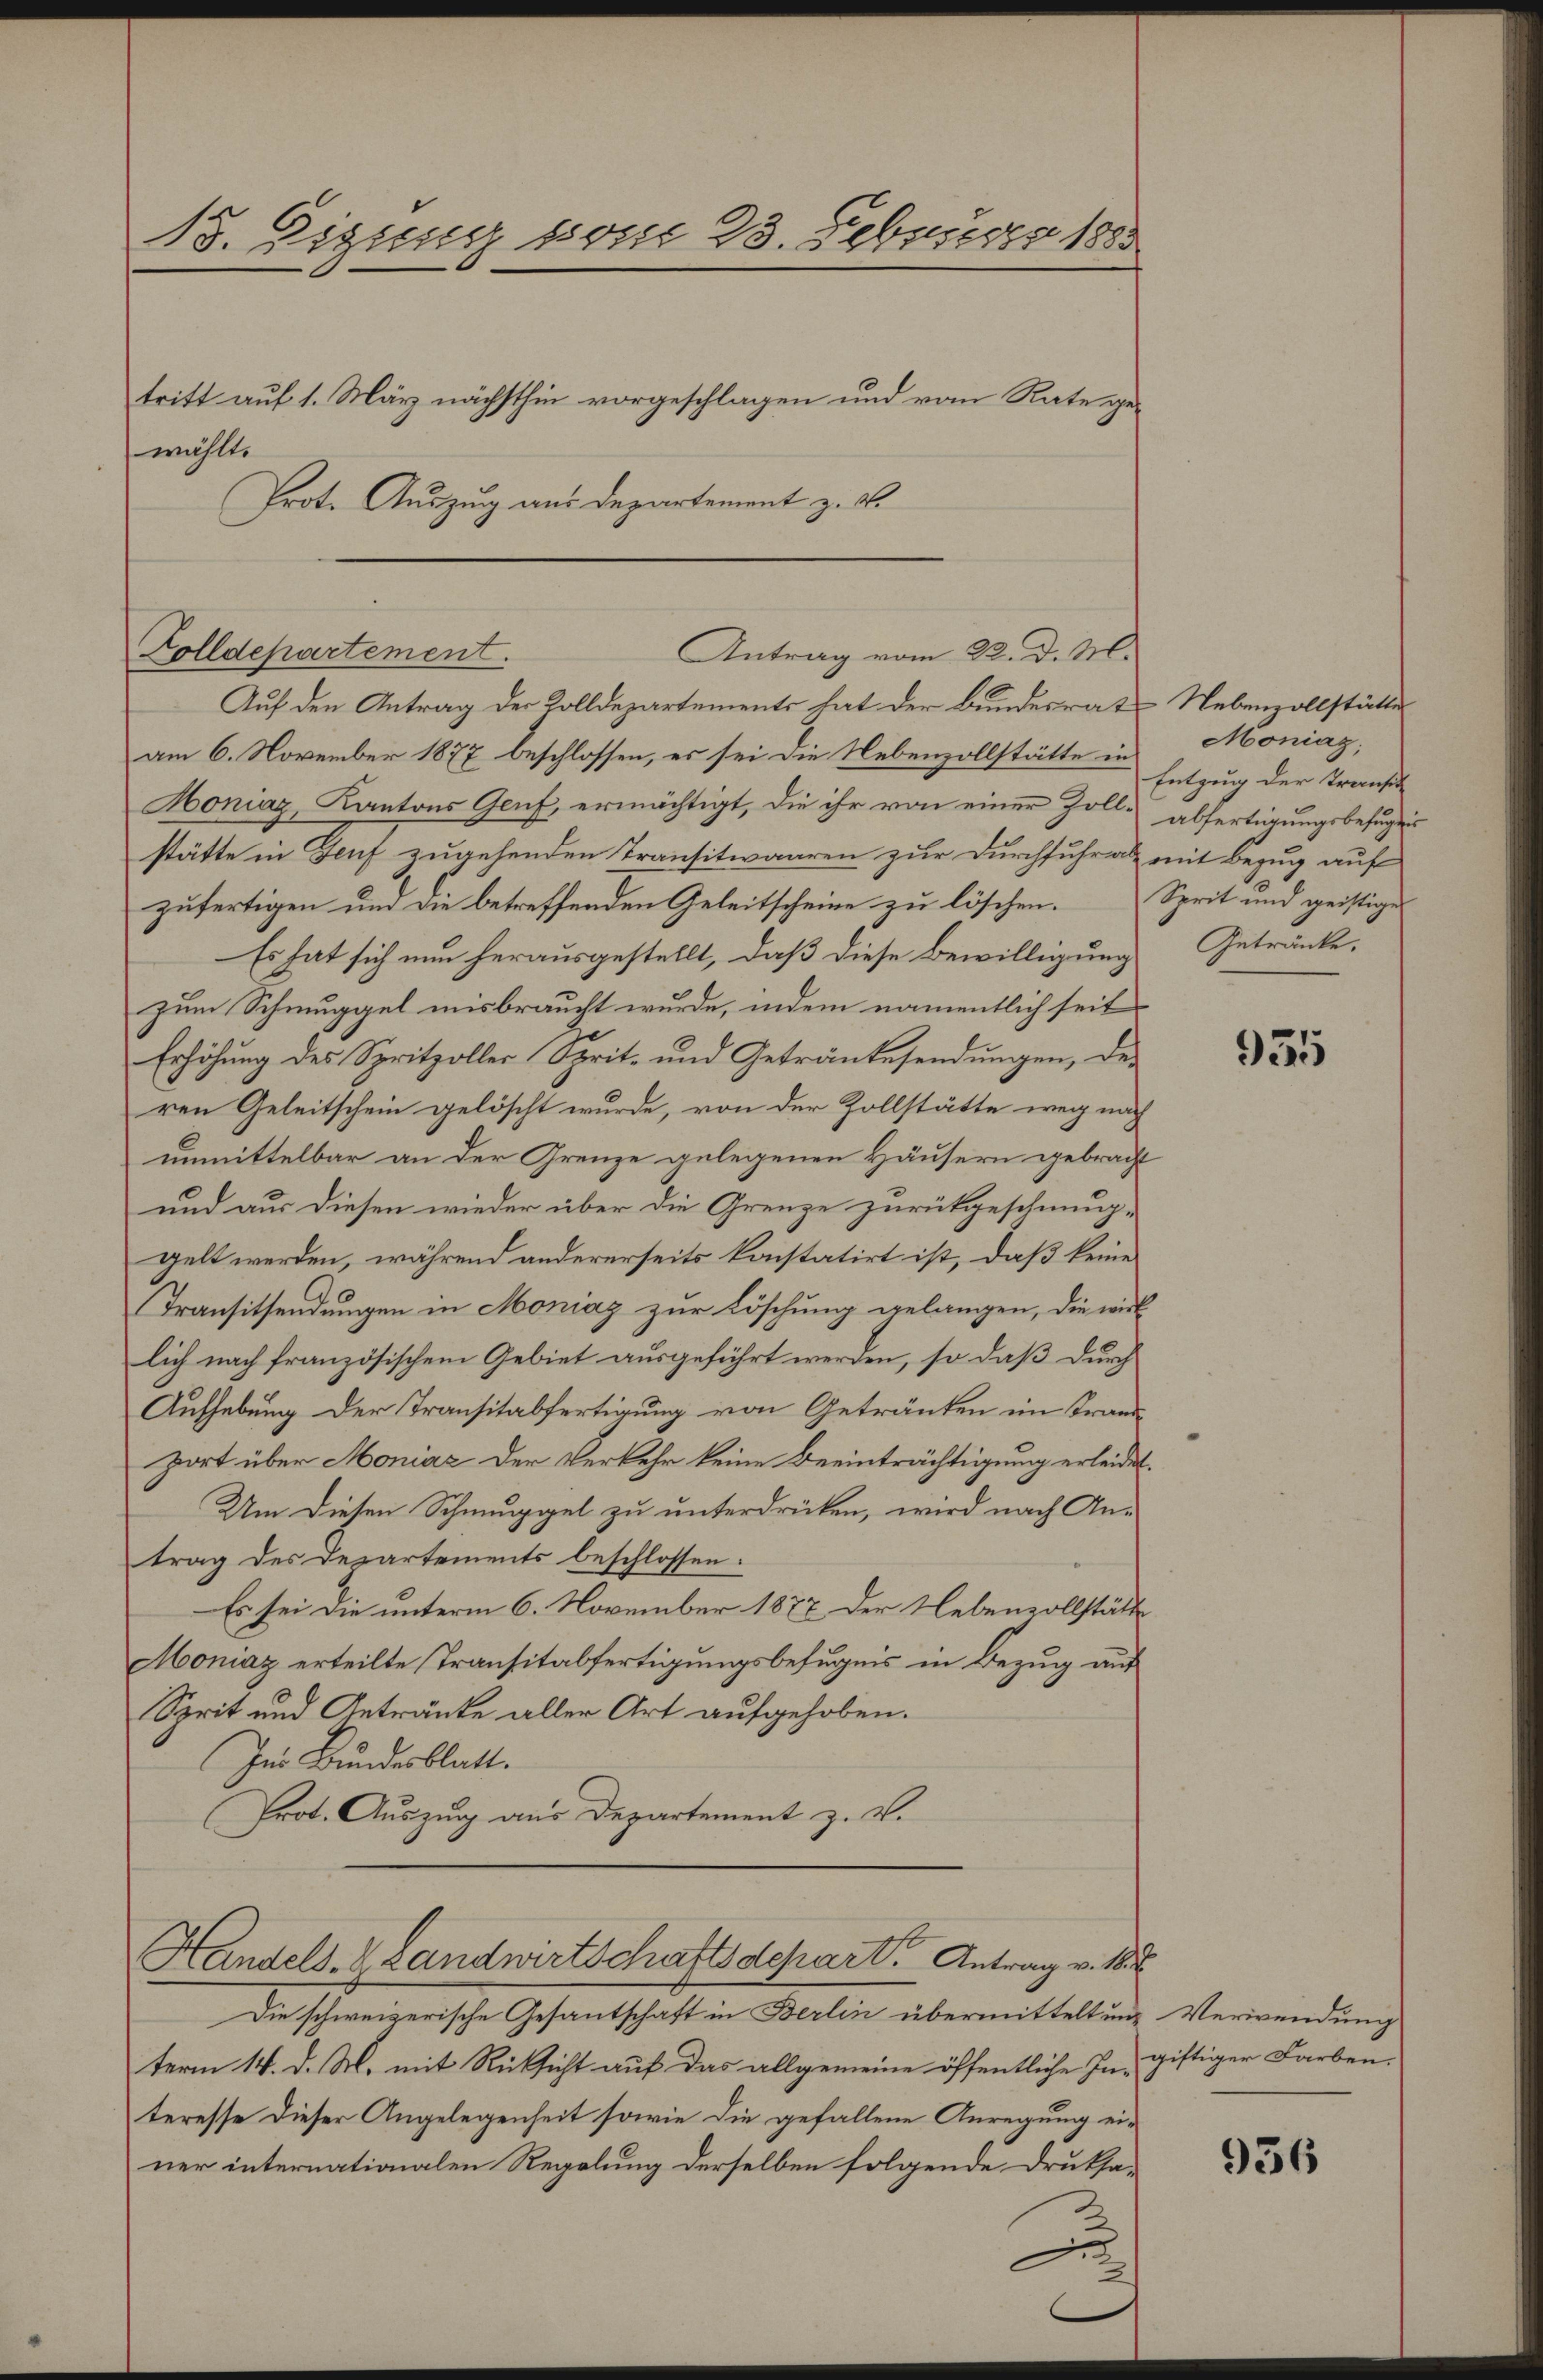
13. Eigung vom 23. Februar 1883
tritt auf 1. März nächsthin vorgeschlagen und vom Rate gewählt.
Prot. Auszug aus Departement z. B.

Zolldepartement.
Antrag vom 22. d. M.

Auf den Antrag der Zolldepartements hat der Bundesrat Nebenzollstätte
am 6. November 1877 beschlossen, es sei die Nebenzollstätte in Moniag,
Moniaz, Kantons Genf, ermächtigt, die ihr von einer Zoll abfertigungsbefugter
stätte in Genf zugehenden Transitwaaren zur Durchfuhr als mit Bezug auf
zufertigen und die betreffenden Geleitscheine zu löschen.
Es hat sich nun herausgestellt, daß diese Bewilligung Getränke,
zum Schmuggel misbraucht wurde, indem namentlich seit
Erhöhung des Spritzoller Sprit- und Getränkesendungen, des
ren Geleitschein gelöscht wurde, von der Zollstätte weg nach
unmittelbar an der Grenze gelegenen Häusern gebracht
und aus diesen wieder über die Grenze zurückgeschmug-
gelt werden, während andererseits konstatirt ist, daß keine
Transitsendungen in Moniaz zur Löschung gelangen, die wirk
lich nach französischem Gebiet ausgeführt werden, so daß durch
Aufhebung der Transitabfertigung von Getränken im Trandport über Moniaz der Verkehr keine Beeinträchtigung erleider
Um diesen Schmuggel zu unterdrücken, wird nach Antrag des Departements beschlossen:
Es sei die unterm 6. November 1877 der Nebenvollstätt
Moniaz erteilte Transitabfertigungsbefugnis in Bezug auf
Sprit und Getränke aller Art aufgehoben.
Im Bundesblatt.
Prot. Auszug aus Departement z. B.
Handels- & Landwirtschaftsdepart. Antrag v. 18. J
Die schweizerische Gesantschaft in Berlin übermitteltung Verwendung
term 14. d. M. mit Rücksicht auf das allgemeine öffentliche In- giftiger Farben,
teresse dieser Angelegenheit sowie die gefallene Anregung einer internationalen Regelung derselben folgende Druksa¬

Entzug der Transi
Sprit und geistige

9315

956